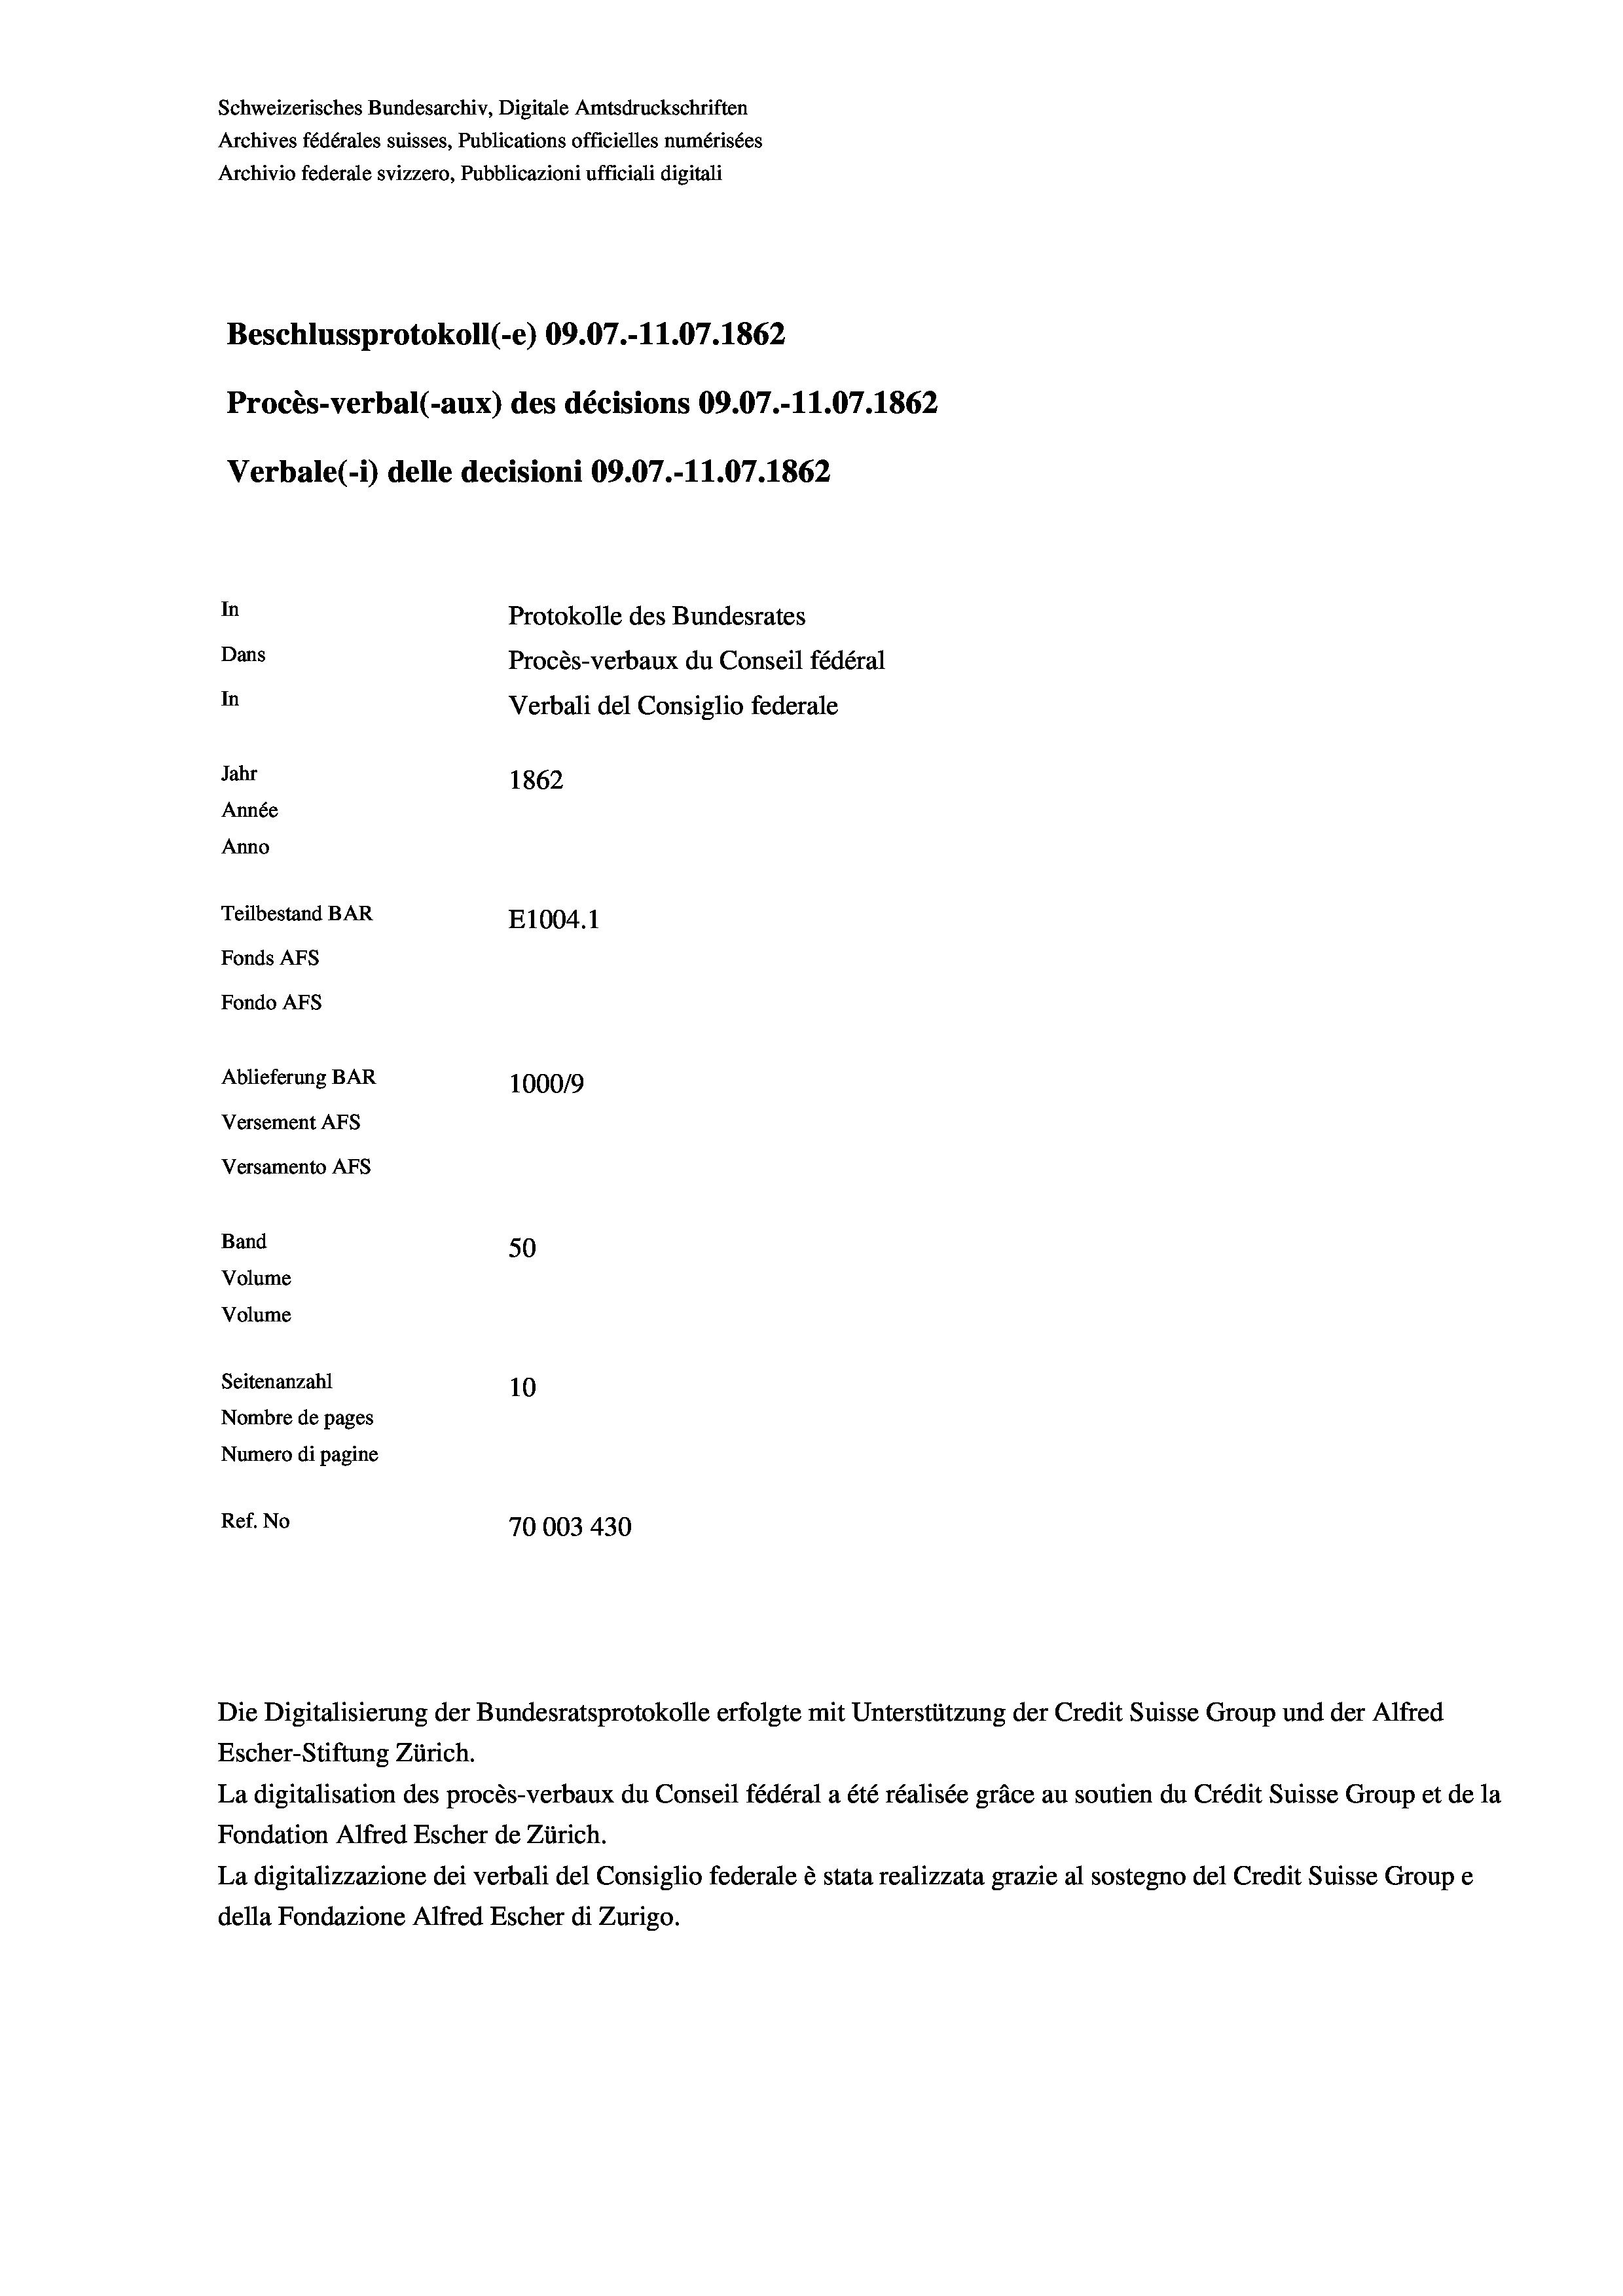
Schweizerisches Bundesarchiv, Digitale Amtsdruckschriften
Archives fédérales suisses, Publications officielles numérisées
Archivio federale svizzero, Pubblicazioni ufficiali digitali
Beschlussprotokoll (-e) 09.07.-11.07. 1862
Procès-verbal (-aux) des décisions 09.07.-11.07. 1862
Verbale (- 1) delle decisioni 09.07.-11.07. 1862
In
Protokolle des Bundesrates
Dans
Procès-verbaux du Conseil fédéral
In
Verbali del Consiglio federale
Jahr
1862
Année
Anno
Teilbestand BAR
E1004. 1
Fonds AFs
Fondo AFS
Ablieferung BAR
100019
Versement As
Versamento AFS
Band
50
Volume
Volume

Seitenanzahl
10
Nombre de pages
Numero di pagine
Ref. No
70003 430

Escher-Stiftung Zürich.
La digitalisation des procès-verbaux du Conseil fédéral a été réalisée gräce au soutien du Crédit Suisse Group et de la
Fondation Alfred Escher de Zürich.
La digitalizzazione dei verbali del Consiglio federale è stata realizzata grazie al sostegno del Credit Suisse Groupe
della Fondazione Alfred Escher di Zurigo.

Die Digitalisierung der Bundesratsprotokolle erfolgte mit Unterstützung der Credit Suisse Group und der Alfred